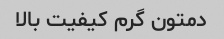
دمتون گرم کیفیت بالا